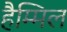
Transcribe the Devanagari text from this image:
हैम्मिल